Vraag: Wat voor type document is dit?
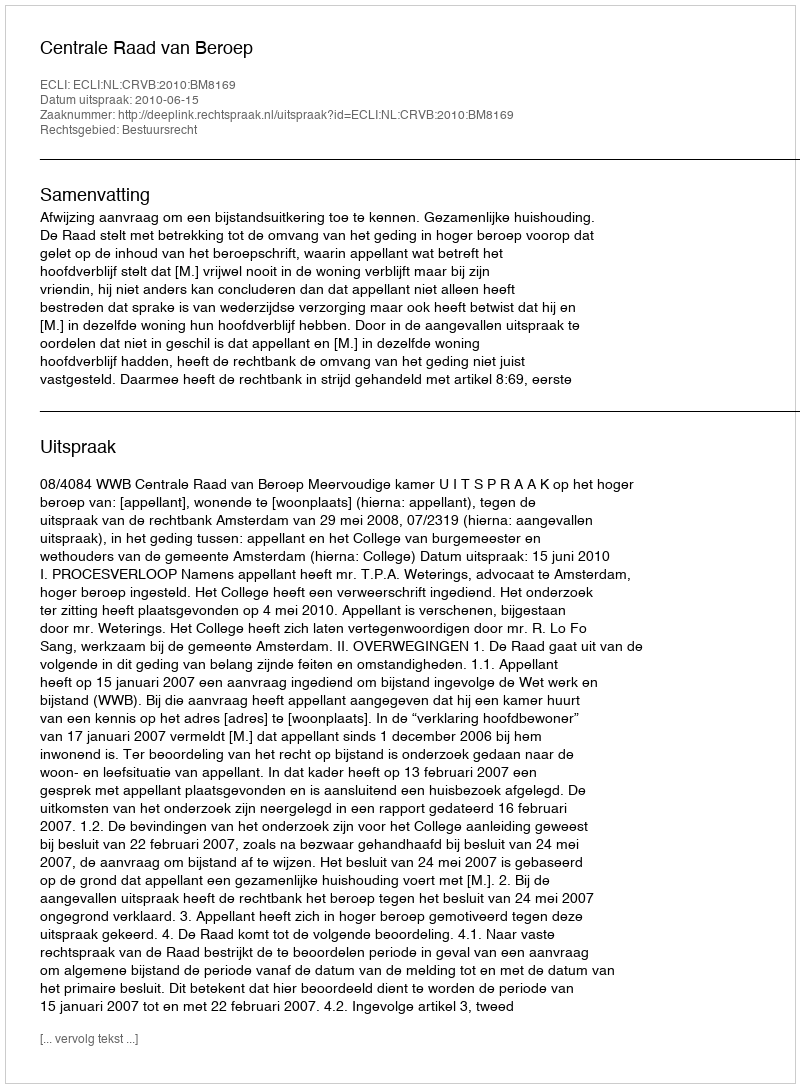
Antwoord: Uitspraak